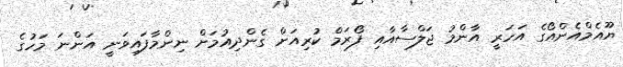
ޔޫއެމްއެންއޯގެ އަހަރީ އާންމު ޖަލްސާއާއި ފޯރަމް ކުރިއަށް ގެންދިއުމަށް ނިންމާފައިވަނީ އަންނަ މަހުގެ